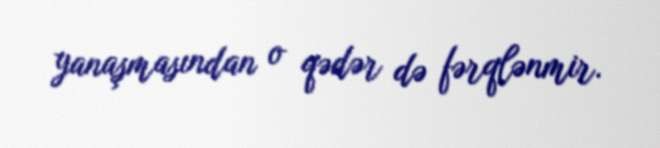
yanaşmasından o qədər də fərqlənmir.